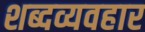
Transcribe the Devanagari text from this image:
शब्दव्यवहार